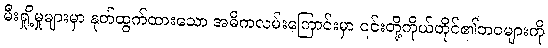
မီးရှို့မှုများမှာ နုတ်ထွက်ထားသော အဓိကလမ်းကြောင်းမှာ ၎င်းတို့ကိုယ်တိုင်၏ဘဝများကို